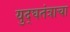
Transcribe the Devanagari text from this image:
युद्घतंत्राचा